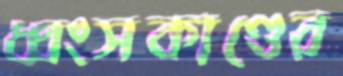
ধ্বংসকাণ্ডের